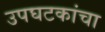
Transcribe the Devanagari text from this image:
उपघटकांचा